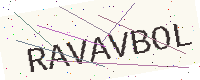
Text: RAVAVBOL